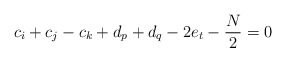
\begin{align*}c_i+c_j-c_k+d_p+d_q-2e_t-\frac{N}{2} = 0\end{align*}